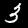
Digit: 3